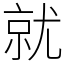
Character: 就